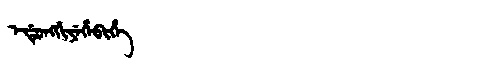
Manchu: ᡝᡩᡠᠩᡤᡳᠶᡝᡥᡝᠪᡳᡥᡝ
Romanization: EDUNGGIYEHEBIHE